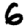
Digit: 6